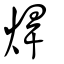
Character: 焊